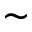
\sim